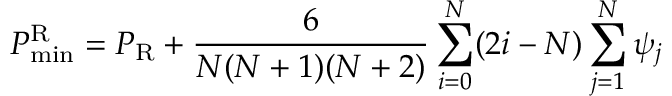
P _ { \mathrm { m i n } } ^ { \mathrm R } = P _ { \mathrm R } + { \frac { 6 } { N ( N + 1 ) ( N + 2 ) } } \sum _ { i = 0 } ^ { N } ( 2 i - N ) \sum _ { j = 1 } ^ { N } \psi _ { j }